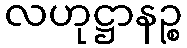
လဟုဋ္ဌာနဉ္စ